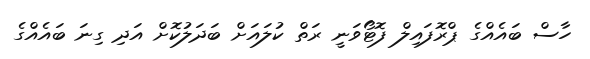
ހާސް ބައެއްގެ ޕްރޮފައިލް ފޮޓޯވަނީ ރަތް ކުލައަށް ބަދަލުކޮށް އަދި ގިނަ ބައެއްގެ